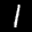
Label: 1